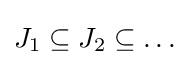
J_{1}\subseteq J_{2}\subseteq \dots